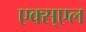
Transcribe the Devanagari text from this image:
एक्स्एल